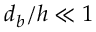
d _ { b } / h \ll 1